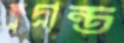
ক্ষুদ্রান্ত